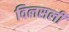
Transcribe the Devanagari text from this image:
विलसली